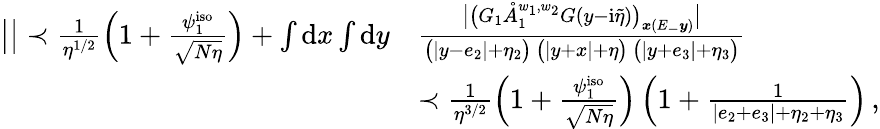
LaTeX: \begin{array}{rl}{\big|\big|\prec\frac{1}{\eta^{1/2}}\left(1+\frac{\psi_{1}^{\mathrm{iso}}}{\sqrt{N\eta}}\right)+\int\mathrm{d}x\int\mathrm{d}y}&{\frac{\big|\big(G_{1}\mathring{A}_{1}^{w_{1},w_{2}}G(y-\mathrm{i}\tilde{\eta})\big)_{\boldsymbol{x}(E_{-}\boldsymbol{y})}\big|}{\big(|y-e_{2}|+\eta_{2}\big)\, \big(|y+x|+\eta\big)\, \big(|y+e_{3}|+\eta_{3}\big)}}\\ &{\prec\frac{1}{\eta^{3/2}}\left(1+\frac{\psi_{1}^{\mathrm{iso}}}{\sqrt{N\eta}}\right)\left(1+\frac{1}{|e_{2}+e_{3}|+\eta_{2}+\eta_{3}}\right)\, ,}\end{array}